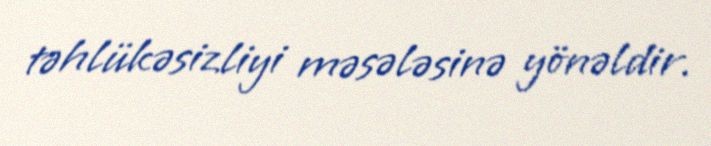
təhlükəsizliyi məsələsinə yönəldir.